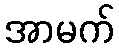
အာမက်